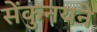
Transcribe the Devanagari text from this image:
सेंकुनयने